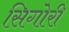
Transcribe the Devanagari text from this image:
सिगोरी